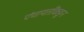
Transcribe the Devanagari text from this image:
पंचायतींकडून